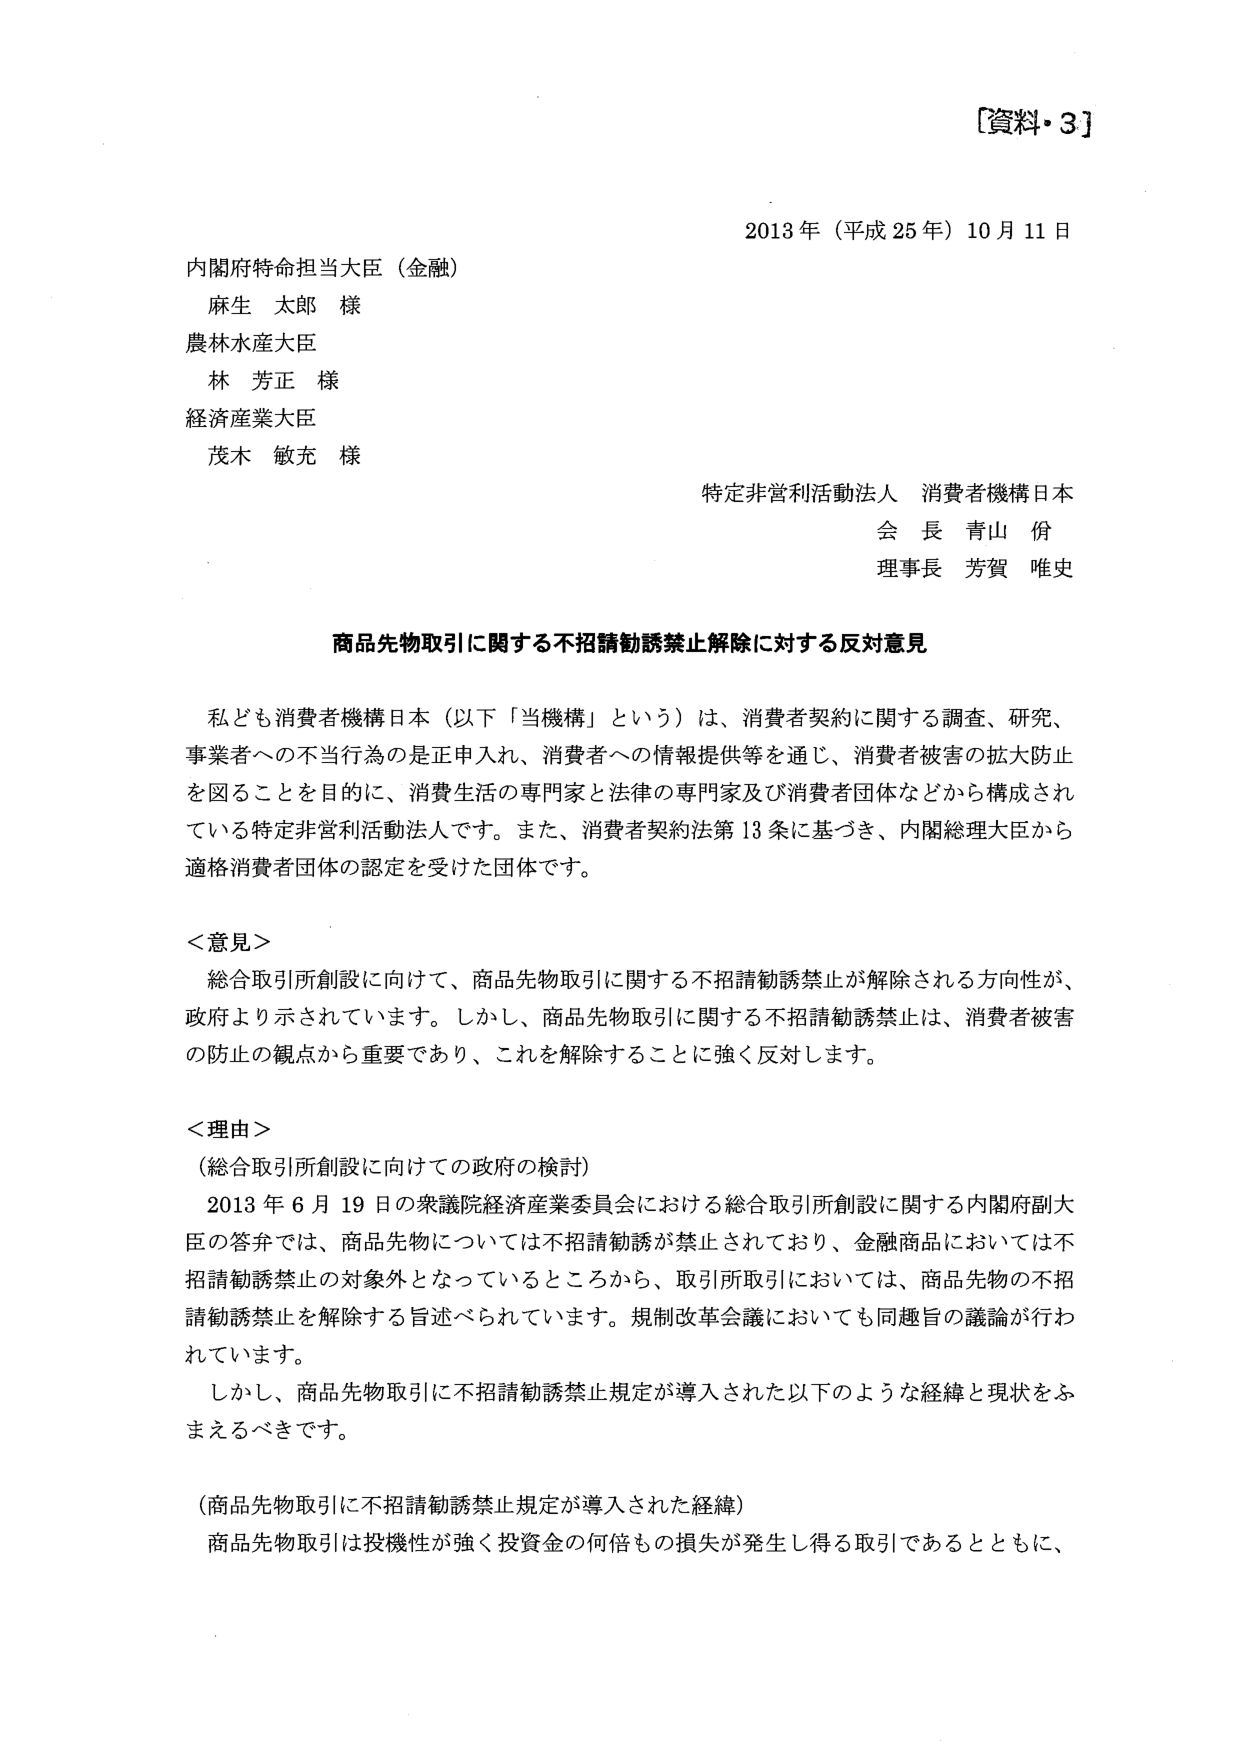
[資料・3]

2013年（平成25年）10月11日

内閣府特命担当大臣（金融）
麻生 太郎 様

農林水産大臣
林 芳正 様

経済産業大臣
茂木 敏充 様

特定非営利活動法人 消費者機構日本
会長 青山 佾
理事長 芳賀 唯史

商品先物取引に関する不招請勧誘禁止解除に対する反対意見

私ども消費者機構日本（以下「当機構」という）は、消費者契約に関する調査、研究、事業者への不当行為の是正申入れ、消費者への情報提供等を通じ、消費者被害の拡大防止を図ることを目的に、消費生活の専門家と法律の専門家及び消費者団体などから構成されている特定非営利活動法人です。また、消費者契約法第13条に基づき、内閣総理大臣から適格消費者団体の認定を受けた団体です。

＜意見＞
総合取引所創設に向けて、商品先物取引に関する不招請勧誘禁止が解除される方向性が、政府より示されています。しかし、商品先物取引に関する不招請勧誘禁止は、消費者被害の防止の観点から重要であり、これを解除することに強く反対します。

＜理由＞
（総合取引所創設に向けての政府の検討）
2013年6月19日の衆議院経済産業委員会における総合取引所創設に関する内閣府副大臣の答弁では、商品先物については不招請勧誘が禁止されており、金融商品においては不招請勧誘禁止の対象外となっているところから、取引所取引においては、商品先物の不招請勧誘禁止を解除する旨述べられています。規制改革会議においても同趣旨の議論が行われています。
しかし、商品先物取引に不招請勧誘禁止規定が導入された以下のような経緯と現状をふまえるべきです。

（商品先物取引に不招請勧誘禁止規定が導入された経緯）
商品先物取引は投機性が強く投資金の何倍もの損失が発生し得る取引であるとともに、